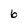
Character: 6